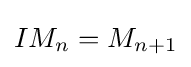
IM_{n}=M_{n+1}